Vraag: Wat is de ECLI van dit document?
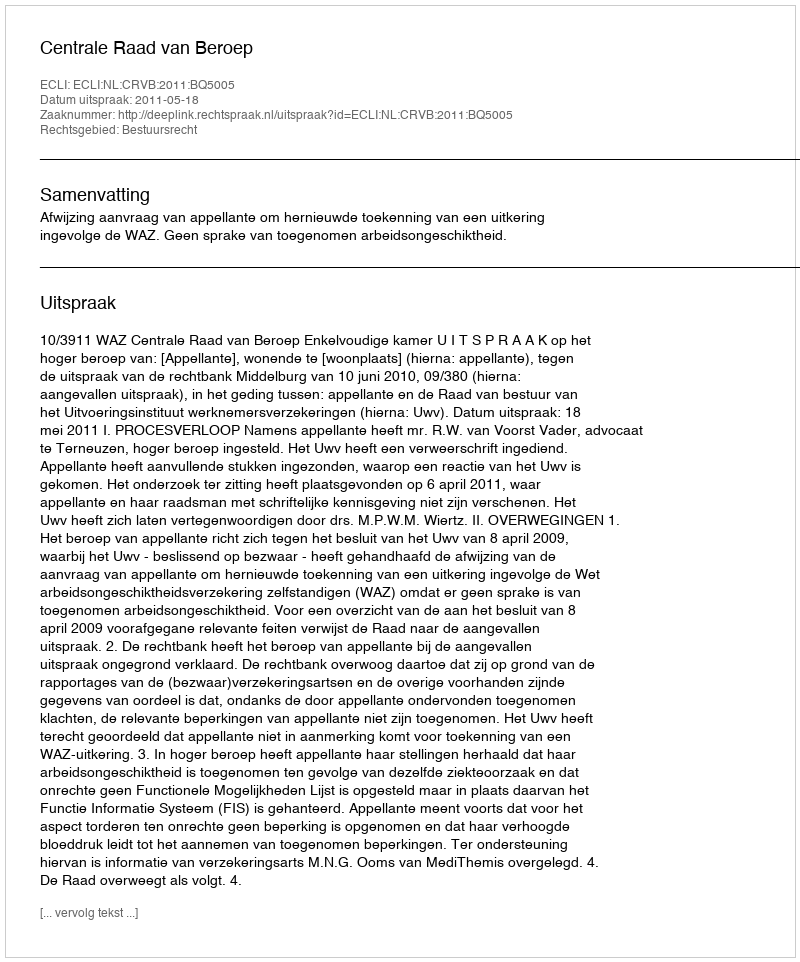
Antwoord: ECLI:NL:CRVB:2011:BQ5005